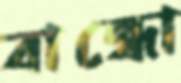
বান্ধো